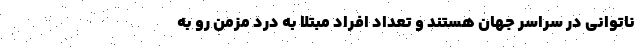
ناتوانی در سراسر جهان هستند و تعداد افراد مبتلا به درد مزمن رو به